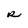
Character: R